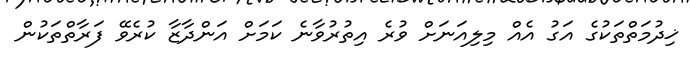
ޚިދުމަތްތަކުގެ އަގު އެއް މިލިއަނަށް ވުރެ އިތުރުވާނެ ކަމަށް އަންދާޒާ ކުރެވޭ ފަރާތްތަކުން